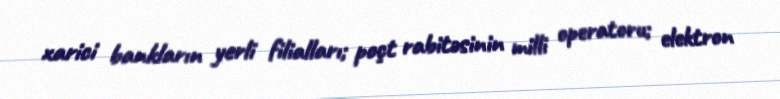
xarici bankların yerli filialları; poçt rabitəsinin milli operatoru; elektron